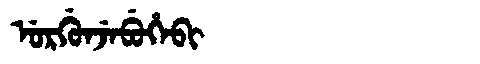
Manchu: ᡠᡵᡤᡠᠨᠵᡝᠪᡠᡥᡝᠪᡳ
Romanization: URGUNJEBUHEBI